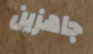
جاهزين